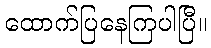
ထောက်ပြနေကြပါပြီ။